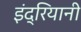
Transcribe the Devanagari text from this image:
इंद्रियानी